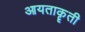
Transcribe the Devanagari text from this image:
आयताकॄती